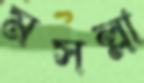
মসল্লা